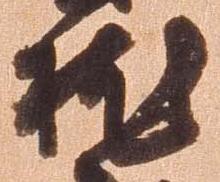
枕